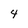
Character: 4